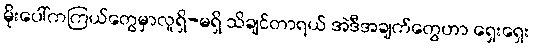
မိုးပေါ်ကကြယ်တွေမှာလူရှိ-မရှိ သိချင်တာရယ် အဲဒီအချက်တွေဟာ ရှေးရှေး